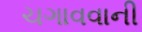
ચગાવવાની